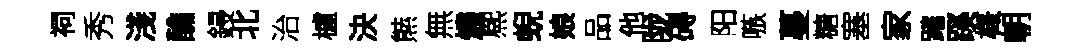
祠秀淺醮鋟北治櫨決㷱無燼熈蜺娘品他陇碍阳嗾蔓糖塞家躇蹊槪朝